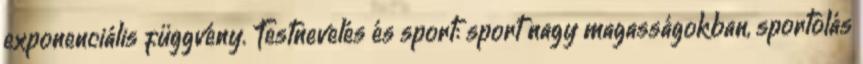
exponenciális függvény. Testnevelés és sport: sport nagy magasságokban, sportolás